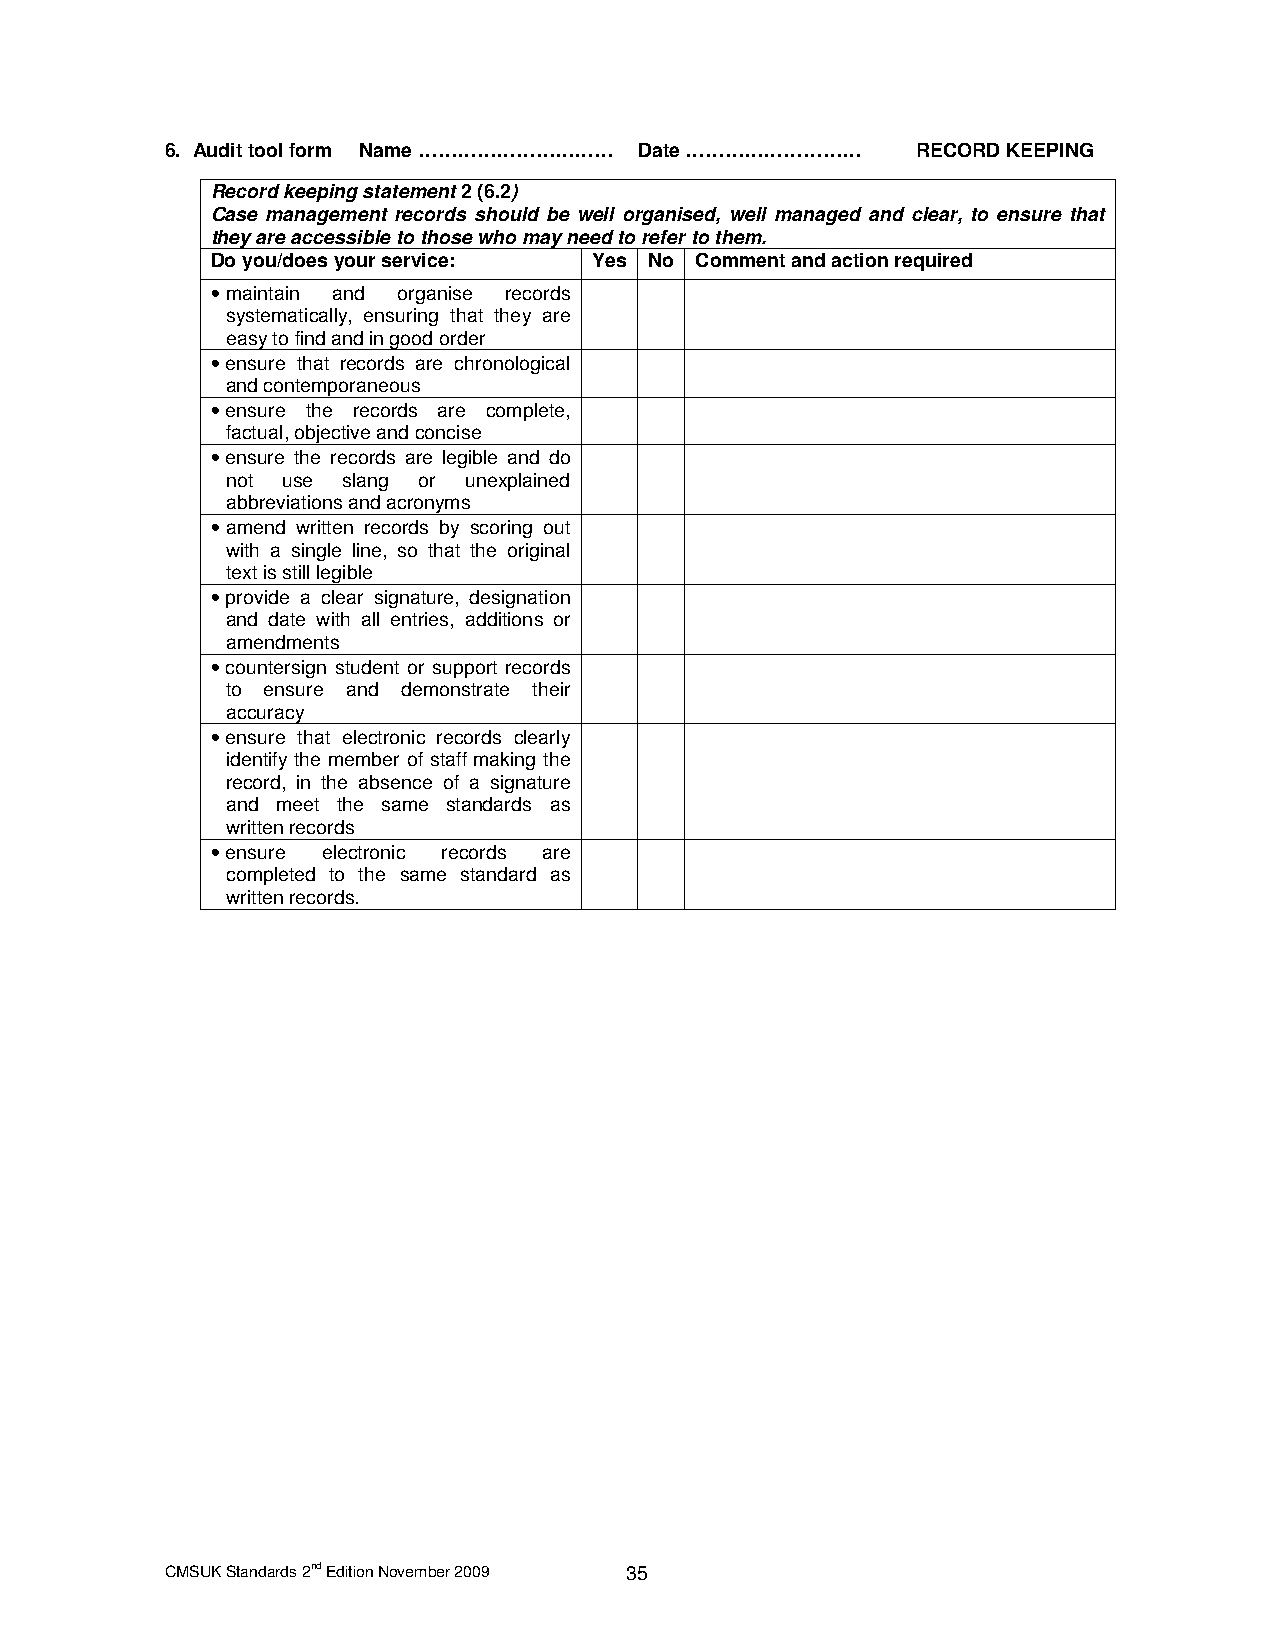
6. Audit tool form Name ………………………… Date ……………………… RECORD KEEPING
 Record keeping statement 2 (6.2)
 Case management records should be well organised, well managed and clear, to ensure that
 they are accessible to those who may need to refer to them.
 Do you/does your service: Yes No Comment and action required
 • maintain and organise records
 systematically, ensuring that they are
 easy to find and in good order
 • ensure that records are chronological
 and contemporaneous
 • ensure the records are complete,
 factual, objective and concise
 • ensure the records are legible and do
 not use slang or unexplained
 abbreviations and acronyms
 • amend written records by scoring out
 with a single line, so that the original
 text is still legible
 • provide a clear signature, designation
 and date with all entries, additions or
 amendments
 • countersign student or support records
 to ensure and demonstrate their
 accuracy
 • ensure that electronic records clearly
 identify the member of staff making the
 record, in the absence of a signature
 and meet the same standards as
 written records
 • ensure electronic records are
 completed to the same standard as
 written records.
 CMSUK Standards 2nd Edition November 2009 35